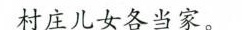
村庄儿女各当家。